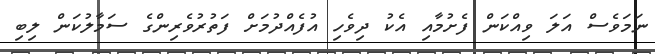
ނަމަވެސް އަލަ ވިއްކަން ފެށުމާއި އެކު ދިވެހި އުފެއްދުމަށް ފަތުރުވެރިންގެ ސަމާލުކަން ލިބި